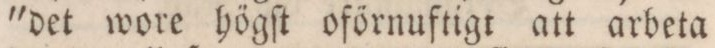
'det wore högſt oförnuftigt att arbeta